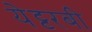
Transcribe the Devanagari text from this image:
येट्टरबी